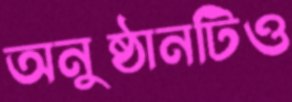
অনুষ্ঠানটিও